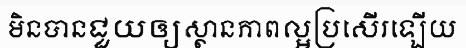
មិនបានជួយឲ្យស្ថានភាពល្អប្រសើរឡើយ